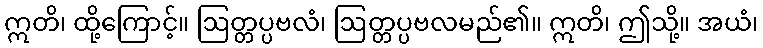
ဣတိ၊ ထို့ကြောင့်။ ဩတ္တပ္ပဗလံ၊ ဩတ္တပ္ပဗလမည်၏။ ဣတိ၊ ဤသို့။ အယံ၊